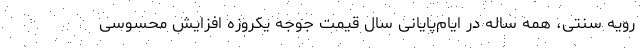
رویه سنتی، همه ساله در ایام‌پایانی سال قیمت جوجه یکروزه افزایش محسوسی